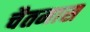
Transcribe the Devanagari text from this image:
चैतमास